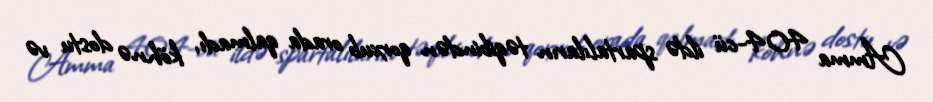
Amma 404-cü ildə spartalıların təqibindən qorxub orada qalmadı, köhnə dostu və